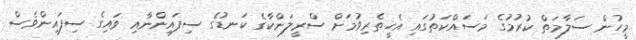
މީހުން ސަލާމަތް ކުރުމުގެ މަސައްކަތުގައި އެހީތެރިވުމަށް ސްރީލަންކާގެ ކަނޑުގެ ސިފައިންނާއި ވައިގެ ސިފައިންވެސް